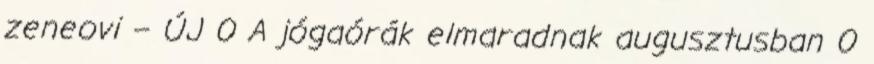
zeneovi – ÚJ 0 A jógaórák elmaradnak augusztusban 0